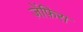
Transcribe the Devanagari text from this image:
ज़ेंफ़िरा